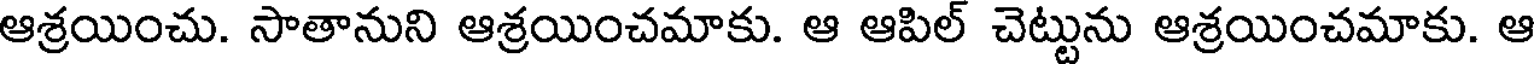
ఆశ్రయించు. సాతానుని ఆశ్రయించమాకు. ఆ ఆపిల్ చెట్టును ఆశ్రయించమాకు. ఆ